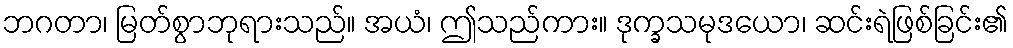
ဘဂတာ၊ မြတ်စွာဘုရားသည်။ အယံ၊ ဤသည်ကား။ ဒုက္ခသမုဒယော၊ ဆင်းရဲဖြစ်ခြင်း၏